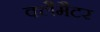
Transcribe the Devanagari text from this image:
क्लैमैटर